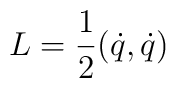
L=\frac{1}{2}(\dot{q}, \dot{q})